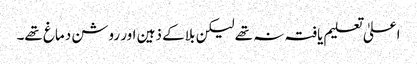
اعلیٰ تعلیم یافتہ نہ تھے لیکن بلا کے ذہین اور روشن دماغ تھے۔